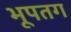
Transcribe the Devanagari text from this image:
भूपतग